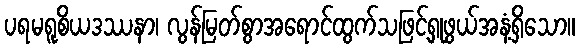
ပရမရူစိယဒဿနာ၊ လွန်မြတ်စွာအရောင်ထွက်သဖြင့်ရှုဖွယ်အနံ့ရှိသော။